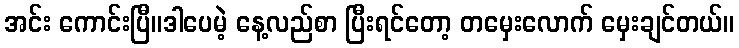
အင်း ကောင်းပြီ။ဒါပေမဲ့ နေ့လည်စာ ပြီးရင်တော့ တမှေးလောက် မှေးချင်တယ်။